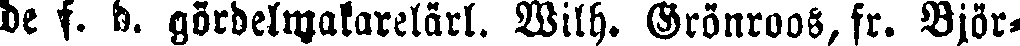
de f. d. gördelmakarelärl. Wilh. Grönroos, fr. Björ-